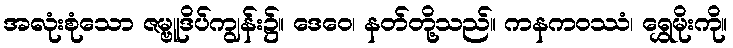
အလုံးစုံသော ဇမ္ဗူဒိပ်ကျွန်း၌။ ဒေဝေ၊ နတ်တို့သည်။ ကနကဝဿံ၊ ရွှေမိုးကို။